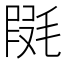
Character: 𣮱